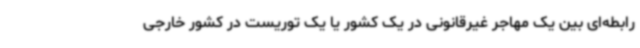
رابطه‌ای بین یک مهاجر غیرقانونی در یک کشور یا یک توریست در کشور خارجی